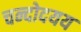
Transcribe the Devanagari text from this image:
चन्दोदयय